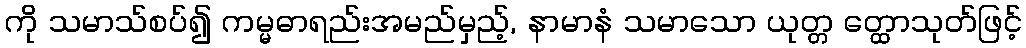
ကို သမာသ်စပ်၍ ကမ္မဓာရည်းအမည်မှည့်, နာမာနံ သမာသော ယုတ္တ တ္ထောသုတ်ဖြင့်